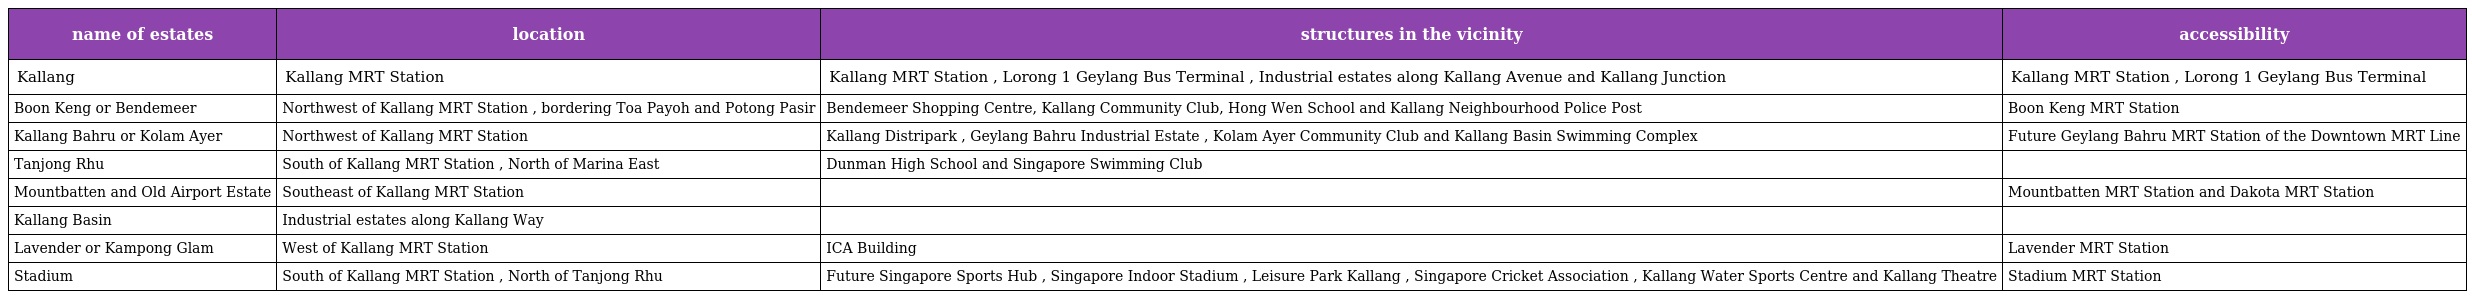
| name of estates | location | structures in the vicinity | accessibility |
 | --- | --- | --- | --- |
 | Kallang | Kallang MRT Station | Kallang MRT Station , Lorong 1 Geylang Bus Terminal , Industrial estates along Kallang Avenue and Kallang Junction | Kallang MRT Station , Lorong 1 Geylang Bus Terminal |
 | Boon Keng or Bendemeer | Northwest of Kallang MRT Station , bordering Toa Payoh and Potong Pasir | Bendemeer Shopping Centre, Kallang Community Club, Hong Wen School and Kallang Neighbourhood Police Post | Boon Keng MRT Station |
 | Kallang Bahru or Kolam Ayer | Northwest of Kallang MRT Station | Kallang Distripark , Geylang Bahru Industrial Estate , Kolam Ayer Community Club and Kallang Basin Swimming Complex | Future Geylang Bahru MRT Station of the Downtown MRT Line |
 | Tanjong Rhu | South of Kallang MRT Station , North of Marina East | Dunman High School and Singapore Swimming Club |  |
 | Mountbatten and Old Airport Estate | Southeast of Kallang MRT Station |  | Mountbatten MRT Station and Dakota MRT Station |
 | Kallang Basin | Industrial estates along Kallang Way |  |  |
 | Lavender or Kampong Glam | West of Kallang MRT Station | ICA Building | Lavender MRT Station |
 | Stadium | South of Kallang MRT Station , North of Tanjong Rhu | Future Singapore Sports Hub , Singapore Indoor Stadium , Leisure Park Kallang , Singapore Cricket Association , Kallang Water Sports Centre and Kallang Theatre | Stadium MRT Station |